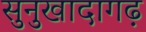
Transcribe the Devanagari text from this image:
सुनुखादागढ़